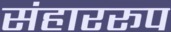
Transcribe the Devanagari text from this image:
संहाररूप